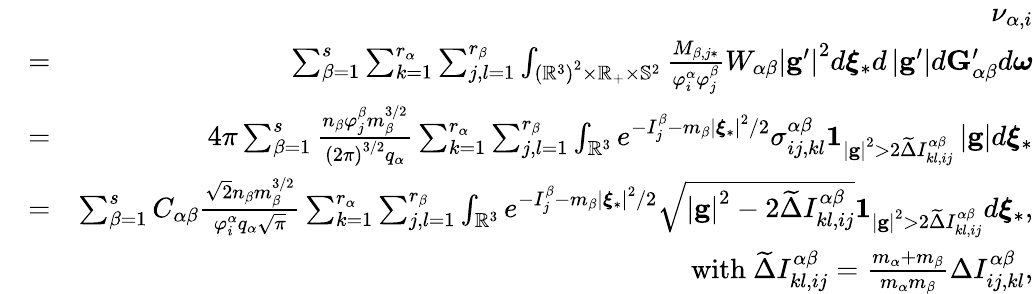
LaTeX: \begin{array}{rlr}&{}&{\nu_{\alpha,i}}\\ &{=}&{\sum_{\beta=1}^{s}\sum_{k=1}^{r_{\alpha}}\sum_{j,l=1}^{r_{\beta}}\int_{\left(\mathbb{R}^{3}\right)^{2}\times\mathbb{R}_{+}\times\mathbb{S}^{2}}\frac{M_{\beta,j\ast}}{\varphi_{i}^{\alpha}\varphi_{j}^{\beta}}W_{\alpha\beta}\left\vert\mathbf{g}^{\prime}\right\vert^{2}d\boldsymbol{\xi}_{\ast}d\left\vert\mathbf{g}^{\prime}\right\vert d\mathbf{G}_{\alpha\beta}^{\prime}d\boldsymbol{\omega}}\\ &{=}&{4\pi\sum_{\beta=1}^{s}\frac{n_{\beta}\varphi_{j}^{\beta}m_{\beta}^{3/2}}{\left(2\pi\right)^{3/2}q_{\alpha}}\sum_{k=1}^{r_{\alpha}}\sum_{j,l=1}^{r_{\beta}}\int_{\mathbb{R}^{3}}e^{-I_{j}^{\beta}-m_{\beta}\left\vert\boldsymbol{\xi}_{\ast}\right\vert^{2}/2}\sigma_{ij,kl}^{\alpha\beta}\mathbf{1}_{\left\vert\mathbf{g}\right\vert^{2}>2\widetilde{\Delta}I_{kl,ij}^{\alpha\beta}}\left\vert\mathbf{g}\right\vert d\boldsymbol{\xi}_{\ast}}\\ &{=}&{\sum_{\beta=1}^{s}C_{\alpha\beta}\frac{\sqrt{2}n_{\beta}m_{\beta}^{3/2}}{\varphi_{i}^{\alpha}q_{\alpha}\sqrt{\pi}}\sum_{k=1}^{r_{\alpha}}\sum_{j,l=1}^{r_{\beta}}\int_{\mathbb{R}^{3}}e^{-I_{j}^{\beta}-m_{\beta}\left\vert\boldsymbol{\xi}_{\ast}\right\vert^{2}/2}\sqrt{\left\vert\mathbf{g}\right\vert^{2}-2\widetilde{\Delta}I_{kl,ij}^{\alpha\beta}}\mathbf{1}_{\left\vert\mathbf{g}\right\vert^{2}>2\widetilde{\Delta}I_{kl,ij}^{\alpha\beta}}d\boldsymbol{\xi}_{\ast}\mathrm{,}}\\ &{}&{\mathrm{with~}\widetilde{\Delta}I_{kl,ij}^{\alpha\beta}=\frac{m_{\alpha}+m_{\beta}}{m_{\alpha}m_{\beta}}\Delta I_{ij,kl}^{\alpha\beta}\mathrm{,}}\end{array}